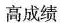
高成绩